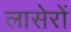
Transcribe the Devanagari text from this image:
लासेरों